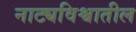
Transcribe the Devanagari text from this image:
नाट्यविश्वातील